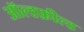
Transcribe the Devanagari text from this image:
ऑल्डफ़ील्ड